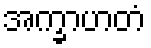
အက္ခာဟတံ